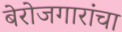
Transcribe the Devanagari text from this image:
बेरोजगारांचा